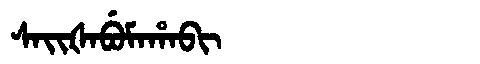
Manchu: ᠰᠠᡳᡧᠠᠪᡠᠮᠠᡥᠠᠪᡳ
Romanization: SAIŠABUMAHABI